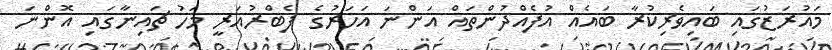
މައުރަޒުގައި ބައިވެރިކުރާ ބައެއް އުފެއްދުންތައް އަންނަ އަހަރުގެ ފެބްރުއަރީ މަހު ޗައިނާގައި އޮންނަ